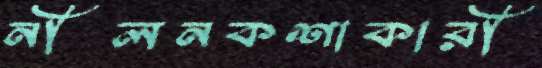
নীলনকশাকারী